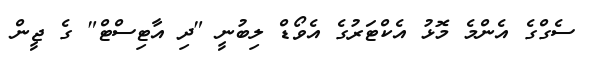
ސެގްގެ އެންމެ މޮޅު އެކްޓަރުގެ އެވޯޑް ލިބުނީ "ދި އާޓިސްޓް" ގެ ޖީން